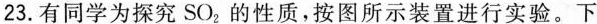
23.有同学为探究SO_{2}，的性质，按图所示装置进行实验。下